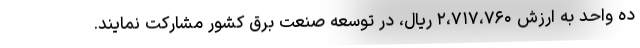
ده واحد به ارزش ۲،۷۱۷،۷۶۰ ریال، در توسعه صنعت برق کشور مشارکت نمایند.